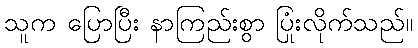
သူက ပြောပြီး နာကြည်းစွာ ပြုံးလိုက်သည်။